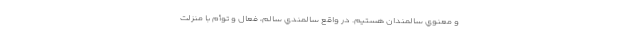
و معنوي سالمندان هستيم. در واقع سالمندي سالم، فعال و توأم با منزلت